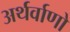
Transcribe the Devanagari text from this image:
अर्थर्वाणो